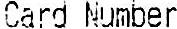
CARD NUMBER